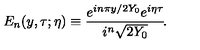
E _ { n } ( y , \tau ; \eta ) \equiv { \frac { e ^ { i n \pi y / 2 Y _ { 0 } } e ^ { i \eta \tau } } { i ^ { n } \sqrt { 2 Y _ { 0 } } } } \! .